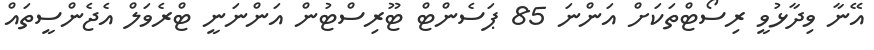
އޭނާ ވިދާޅުވީ ރިސޯޓްތަކަށް އަންނަ 85 ޕަސެންޓް ޓޫރިސްޓުން އަންނަނީ ޓްރެވަލް އެޖެންސީތައް